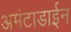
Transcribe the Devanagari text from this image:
अमंटाडाईन